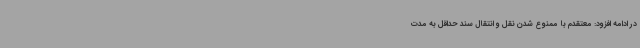
در ادامه افزود: معتقدم با ممنوع شدن نقل و انتقال سند حداقل به مدت